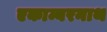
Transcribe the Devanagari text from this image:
एकाम्बरनाथ